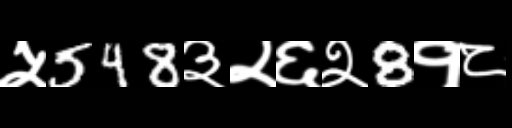
Text: ५548३२६२8१८